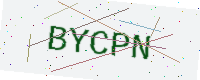
Text: BYCPN